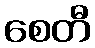
စေတီ